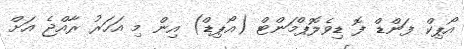
އޯޕިކް ފަންޑް ފޮ ޑިވެލޮޕްމަންޓް (އޯޕިޑް) އިން މި އަހަރު ރާއްޖެ އަށް